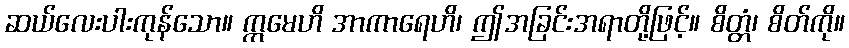
ဆယ်လေးပါးကုန်သော။ ဣမေဟိ အာကာရေဟိ၊ ဤအခြင်းအရာတို့ဖြင့်။ စိတ္တံ၊ စိတ်ကို။